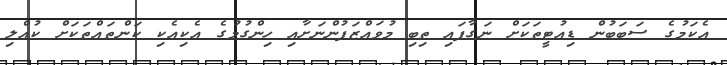
އެކަމުގެ ސަބަބުން ޑިއުޓީތަކަށް ނަގާފައި ތިބި މުވައްޒަފުންނަށާއި ހިންގުމުގެ އެކިއެކި ކަންތައްތަކަށް ކުއްލި